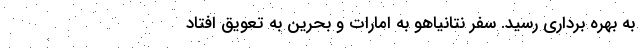
به بهره برداری رسید. سفر نتانیاهو به امارات و بحرین به تعویق افتاد